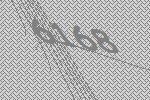
6168